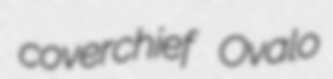
coverchief Ovalo